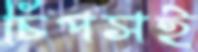
চিপসই